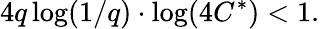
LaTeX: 4q\log(1/q)\cdot\log(4C^{*})<1.